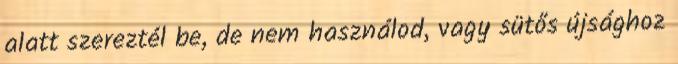
alatt szereztél be, de nem használod, vagy sütős újsághoz